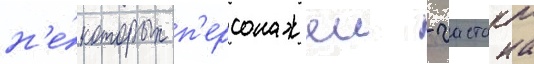
н'е́которых п'ерсонажеи - гастона